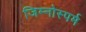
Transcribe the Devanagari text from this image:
जिम्‍नोस्‍पर्म